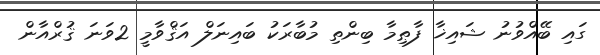
ގައި ބޭއްވުނު ޝައިޚާ ފާޠިމާ ބިންތި މުބާރަކު ބައިނަލް އަޤްވާމީ 2ވަނަ ޤުރްއާން